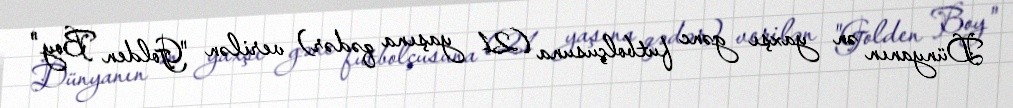
Dünyanın ən yaxşı gənc futbolçusuna (21 yaşına qədər) verilən "Golden Boy"